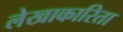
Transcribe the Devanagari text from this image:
लेखाकारिता